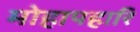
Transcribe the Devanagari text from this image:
मोहापहारि